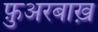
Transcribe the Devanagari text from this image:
फ़ुअरबाख़